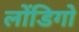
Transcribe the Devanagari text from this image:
लोंडिगो